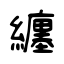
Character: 纏